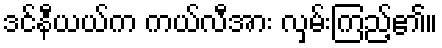
ဒင်နီယယ်က ကယ်လီအား လှမ်းကြည့်၏။